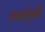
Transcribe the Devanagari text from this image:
लालूंची